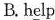
B.h\underline{e}lp